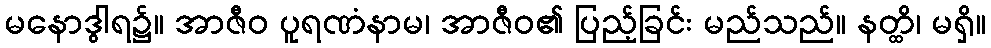
မနောဒွါရ၌။ အာဇီဝ ပူရဏံနာမ၊ အာဇီဝ၏ ပြည့်ခြင်း မည်သည်။ နတ္ထိ၊ မရှိ။